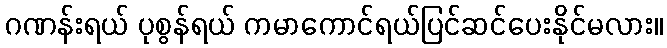
ဂဏန်းရယ် ပုစွန်ရယ် ကမာကောင်ရယ်ပြင်ဆင်ပေးနိုင်မလား။